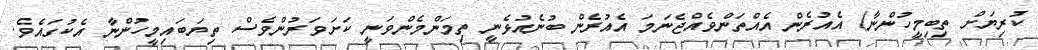
ކުރިޔަށް ތިބިމީހުންނާ) އެއުރެން އެއްތަންވެއްޖެނަމަ އެއުރެން ބުނެއުޅެނީ ތިމަންމެންވަނީ ކަށަވަރުންވެސް ތިޔަބައިމީހުންނާ އެކުގައެވެ.